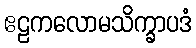
ဧဠကလောမသိက္ခာပဒံ